Report of the Imperial Institute of Veterinary Research, Muktesar
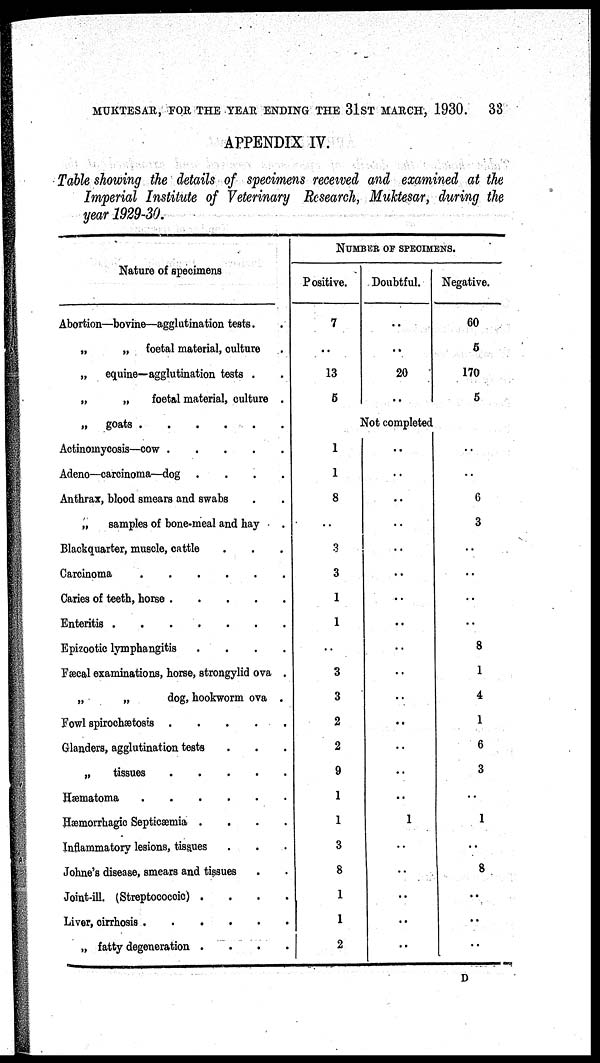
MUKTESAR, FOR THE YEAR ENDING THE 31ST MARCH, 1930.
33
APPENDIX IV.
Table showing the details of specimens received and examined at the
Imperial Institute of Veterinary Research, Muktesar, during the
year 1929-30.
Nature of specimens
Abortion—bovine—agglutination tests.
„
„ foetal material, culture
„
equine—agglutination tests .
„
„
foetal material, culture .
„ goats
Actinomycosis—cow
Adeno—carcinoma—dog
....
Anthrax, blood smears and swabs
„
samples of bone-meal and hay
Blackquarter, muscle, cattle
Carcinoma
Caries of teeth, horse
Enteritis
.......
Epizootic lymphangitis
....
Fæcal examinations, horse, strongylid ova .
„
„
dog, hookworm ova .
Fowl spirochætosis
Glanders, agglutination tests
„
tissues
Hæmatoma
Hæmorrhagic Septicæmia
....
Inflammatory lesions, tissues
Johne's disease, smears and tissues
Joint-ill. (Streptococcic)
....
Liver, cirrhosis
„ fatty degeneration .
NUMBER OF SPECIMENS.
Positive.
7
..
13
5
1
1
8
..
3
3
1
1
..
3
3
2
2
9
1
1
3
8
1
1
2
Doubtful.
..
..
20
..
Not completed
..
..
..
..
..
..
..
..
..
..
..
..
..
..
..
1
..
..
..
..
..
Negative.
60
5
170
5
..
6
3
..
..
..
..
8
1
4
1
6
3
..
1
..
8
..
..
..
D